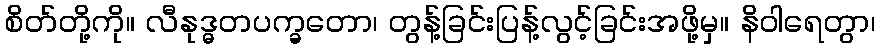
စိတ်တို့ကို။ လီနုဒ္ဓတပက္ခတော၊ တွန့်ခြင်းပြန့်လွင့်ခြင်းအဖို့မှ။ နိဝါရေတွာ၊